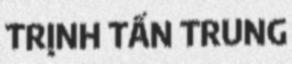
TRỊNH TẤN TRUNG